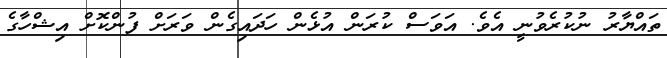
ތައްޔާރު ނުކުރެވުނީ އެވެ. އަވަސް ކުރަން އުޅެން ހަދައިގެން ވަރަށް ފުންކޮށް އިޝްހާގެ